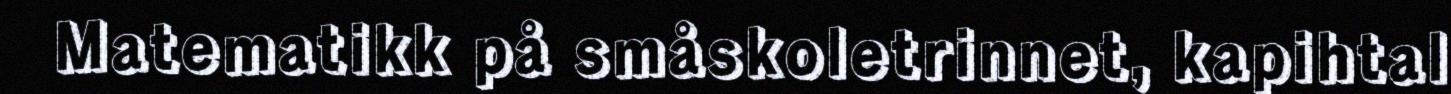
Matematikk på småskoletrinnet, kapihtal